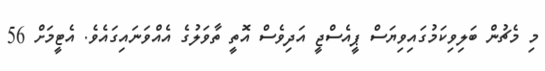
މި މެޗުން ބަލިވިކަމުގައިވިޔަސް ޕީއެސްޖީ އަދިވެސް އޮތީ ތާވަލުގެ އެއްވަނައިގައެވެ. އެޓީމަށް 56